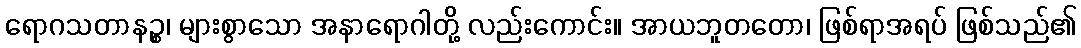
ရောဂသတာနဉ္စ၊ များစွာသော အနာရောဂါတို့ လည်းကောင်း။ အာယဘူတတော၊ ဖြစ်ရာအရပ် ဖြစ်သည်၏